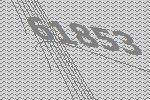
61853